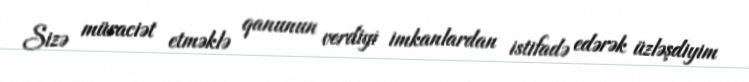
Sizə müraciət etməklə qanunun verdiyi imkanlardan istifadə edərək üzləşdiyim